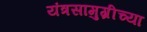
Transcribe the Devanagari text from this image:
यंत्रसामुग्रीच्या